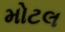
મોટલ